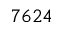
7 6 2 4